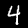
Label: 4